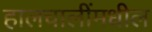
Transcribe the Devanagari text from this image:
हालचालींमधील